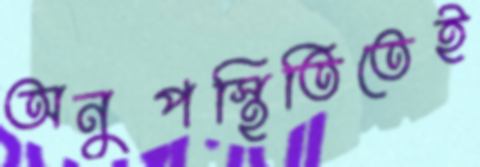
অনুপস্থিতিতেই